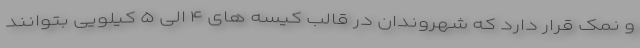
و نمک قرار دارد که شهروندان در قالب کیسه های ۴ الی ۵ کیلویی بتوانند